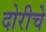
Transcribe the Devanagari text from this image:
दोरीचे